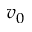
v _ { 0 }